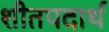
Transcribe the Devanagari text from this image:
शीतपदार्थ